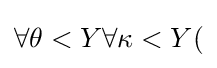
\forall \theta <Y\forall \kappa <Y(